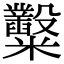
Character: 糳